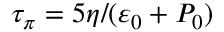
\tau _ { \pi } = 5 \eta / ( \varepsilon _ { 0 } + P _ { 0 } )